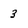
Character: 3